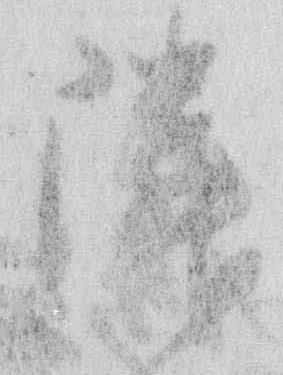
隣